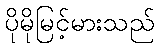
ပိုမိုမြင့်မားသည်